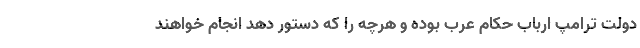
دولت ترامپ ارباب حکام عرب بوده و هرچه را که دستور دهد انجام خواهند